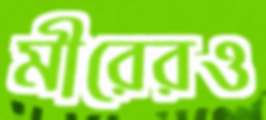
মীরেরও